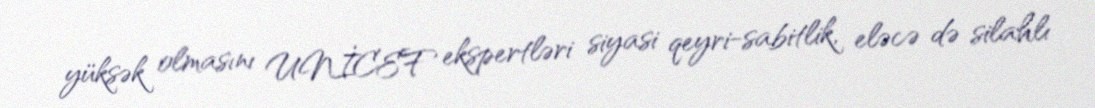
yüksək olmasını UNİCEF ekspertləri siyasi qeyri-sabitlik, eləcə də silahlı